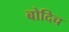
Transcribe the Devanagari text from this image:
बोदिच